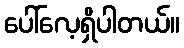
ပေါ်လေ့ရှိပါတယ်။